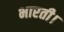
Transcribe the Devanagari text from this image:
भारती।